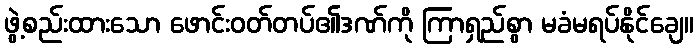
ဖွဲ့စည်းထားသော ဖောင်းဝတ်တပ်၏ဒဏ်ကို ကြာရှည်စွာ မခံမရပ်နိုင်ချေ။